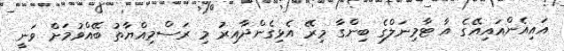
އައިއެންއައިއޭގެ އާ ޓާމިނަލްގެ ބިންގާ މިރޭ އެޅިގެންދާއިރު މި ރަސްމިއްޔާތު ބޭއްވުމަށް ވަނީ